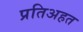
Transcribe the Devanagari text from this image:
प्रतिअहत